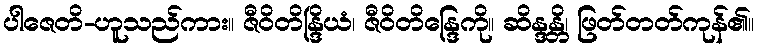
ပါဇေတိ-ဟူသည်ကား။ ဇီဝိတိန္ဒြိယံ၊ ဇီဝိတိန္ဒြေကို။ ဆိန္ဒန္တိ၊ ဖြတ်တတ်ကုန်၏။